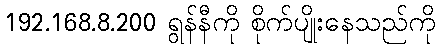
192.168.8.200 ရွန်နီကို စိုက်ပျိုးနေသည်ကို